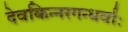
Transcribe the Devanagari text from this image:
देवकिन्नरगन्धर्वाः